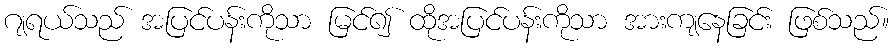
ဂျရယ်သည် အပြင်ပန်းကိုသာ မြင်၍ ထိုအပြင်ပန်းကိုသာ အားကျနေခြင်း ဖြစ်သည်။